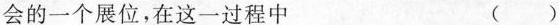
会的一个展位，在这一过程中 ( )